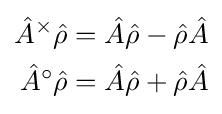
{\begin{aligned}{\hat {A}}^{\times }{\hat {\rho }}&={\hat {A}}{\hat {\rho }}-{\hat {\rho }}{\hat {A}}\\{\hat {A}}^{\circ }{\hat {\rho }}&={\hat {A}}{\hat {\rho }}+{\hat {\rho }}{\hat {A}}\end{aligned}}